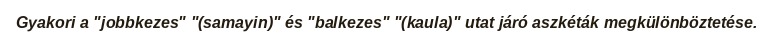
Gyakori a "jobbkezes" "(samayin)" és "balkezes" "(kaula)" utat járó aszkéták megkülönböztetése.